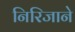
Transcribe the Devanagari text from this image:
निरिजाने